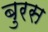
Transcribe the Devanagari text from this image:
बुरस